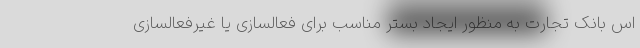
اس بانک تجارت به منظور ایجاد بستر مناسب برای فعالسازی یا غیرفعالسازی